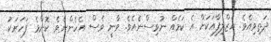
ދަތިވިއެވެ. އަޒްލިފާއަކަށް އެ ކަމެއް ނުވިސްނެއެވެ. ވާނީ ވެސް އެހެންނެވެ. ކޮންމެ ފަހަރަކު